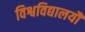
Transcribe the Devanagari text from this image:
विश्वविद्यालयौं